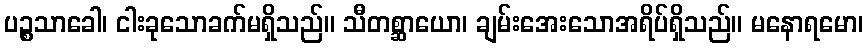
ပဉ္စသာခေါ၊ ငါးခုသောခက်မရှိသည်။ သီတစ္ဆာယော၊ ချမ်းအေးသောအရိပ်ရှိသည်။ မနောရမော၊